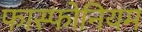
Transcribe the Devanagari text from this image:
फास्फोनियम